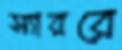
স্যাররে